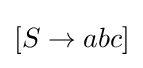
\left[S\rightarrow abc\right]